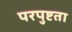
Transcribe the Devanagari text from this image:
परपुष्टता